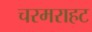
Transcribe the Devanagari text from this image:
चरमराहट